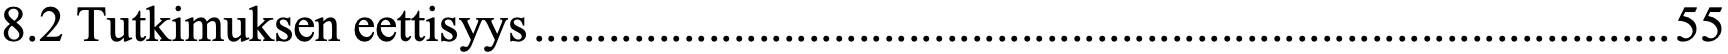
8.2 Tutkimuksen eettisyys ........................................................................................... 55